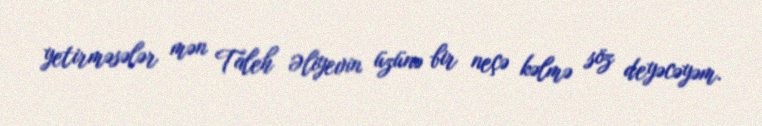
yetirməsələr mən Taleh Əliyevin üzünə bir neçə kəlmə söz deyəcəyəm.